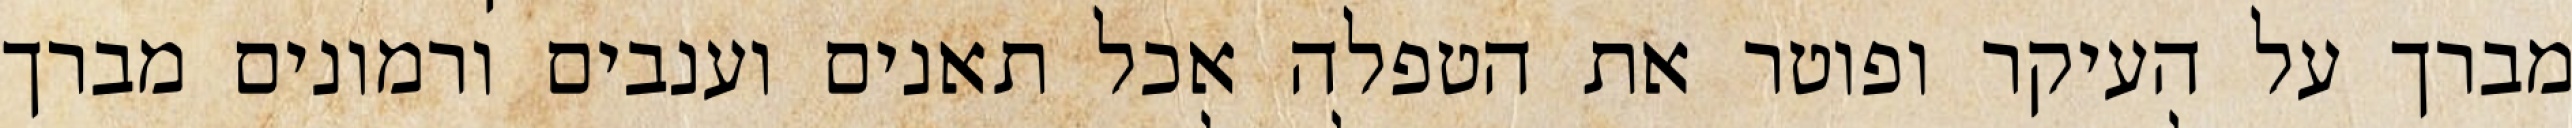
מברך על העיקר ופוטר את הטפלה אכל תאנים וענבים ורמונים מברך